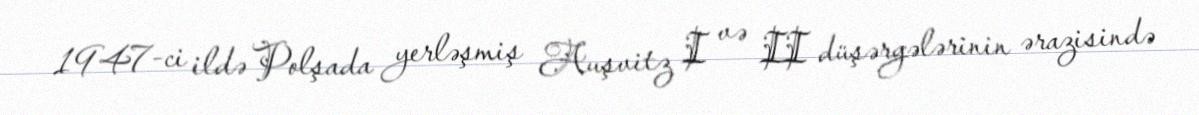
1947-ci ildə Polşada yerləşmiş Auşvitz I və II düşərgələrinin ərazisində